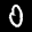
Label: 0